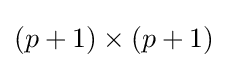
(p+1)\times (p+1)